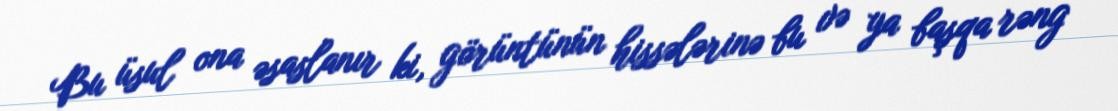
Bu üsul ona əsaslanır ki, görüntünün hissələrinə bu və ya başqa rəng